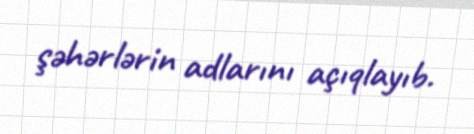
şəhərlərin adlarını açıqlayıb.